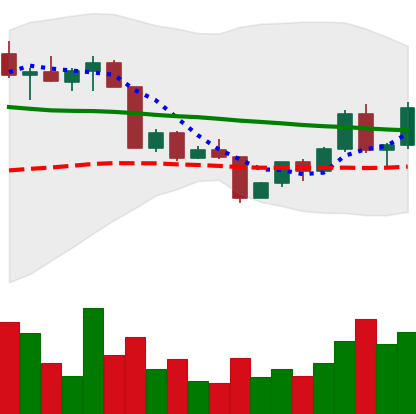
Ticker: EOS-USD
Chart end date: 2022-04-19
Forward return: -11.09%
Label: down_7plus